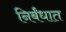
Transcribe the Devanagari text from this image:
निर्बंधात